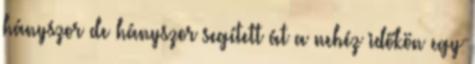
hányszor de hányszor segített át a nehéz időkön egy